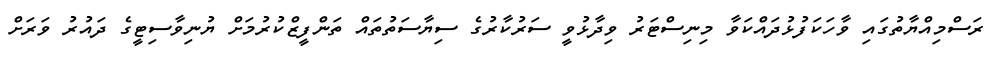
ރަސްމިއްޔާތުގައި ވާހަކަފުޅުދައްކަވާ މިނިސްޓަރު ވިދާޅުވީ ސަރުކާރުގެ ސިޔާސަތުތައް ތަންފީޒްކުރުމަށް ޔުނިވާސިޓީގެ ދައުރު ވަރަށް